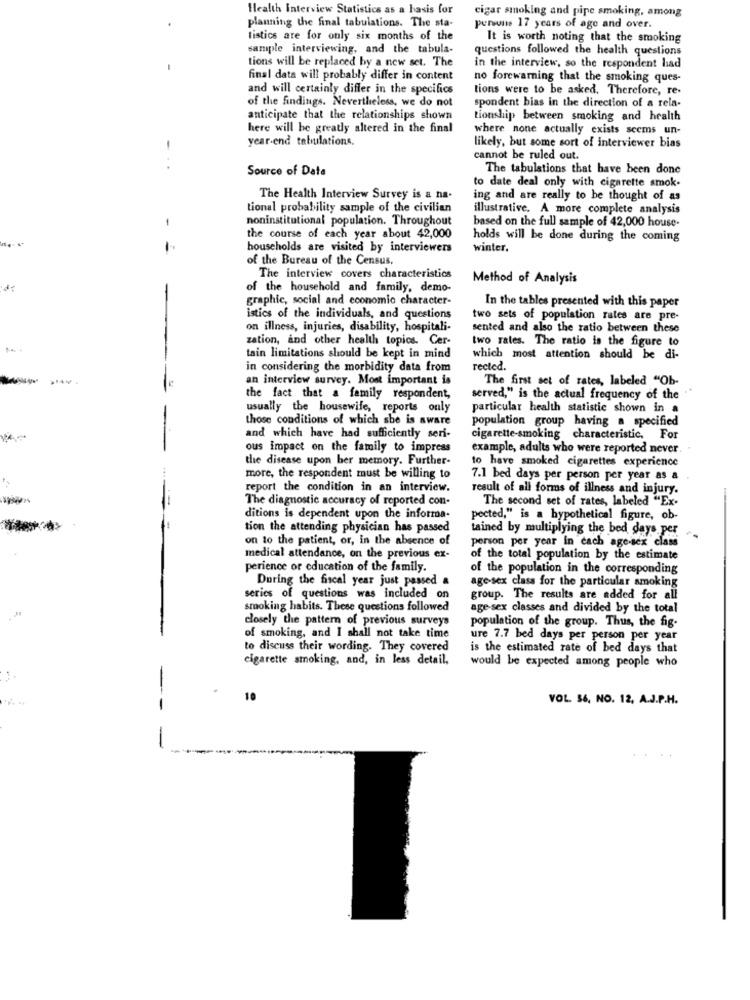
Health Interview Statistics as a basis for
cigar smoking and pipe smoking, among
planning the final tabulations. The sta-
persons 17 years of age and over.
tistics are for only six months of the
It is worth noting that the smoking
sample interviewing, and the tabula-
questions followed the health questions
tions will be replaced by a new set. The
in the interview, so the respondent had
final data will probably differ in content
no forewarning that the smoking ques-
and will certainly differ in the specifics
tions were to be asked. Therefore, re-
of the findings. Nevertheless, we do not
spondent bias in the direction of a rela-
anticipate that the relationships shown
tionship between smoking and health
here will be greatly altered in the final
where none actually exists seems un-
year-end tabulations.
-
likely, but some sort of interviewer bias
cannot be ruled out.
..
Source of Data
The tabulations that have been done
to date deal only with cigarette smok-
The Health Interview Survey is a na-
ing and are really to be thought of as
tional probability sample of the civilian
illustrative. A more complete analysis
noninstitutional population. Throughout
based on the full sample of 42,000 house-
-
the course of each year about 42,000
holds will be done during the coming
households are visited by interviewers
winter.
of the Bureau of the Census,
The interview covers characteristics
Method of Analysis
of the household and family, demo-
graphic, social and economic character-
In the tables presented with this paper
istics of the individuals, and questions
two sets of population rates are pre-
on illness, injuries, disability, hospitali-
sented and also the ratio between these
zation, and other health topics. Cer-
two rates. The ratio is the figure to
tain limitations should be kept in mind
which most attention should be di-
in considering the morbidity data from
rected.
an interview survey. Most important is
The first set of rates, labeled "Ob-
the fact that a family respondent,
served," is the actual frequency of the
usually the housewife, reports only
particular health statistic shown in a
those conditions of which she is aware
population group having a specified
and which have had sufficiently seri-
cigarette smoking characteristic, For
ous impact on the family to impress
example, adults who were reported never
the disease upon ber memory. Further-
to have smoked cigarettes experience
more, the respondent must be willing to
7.1 bed days per person per year as a
report the condition in an interview.
result of all forms of illness and injury.
The diagnostic accuracy of reported con-
The second set of rates, labeled "Ex-
ditions is dependent upon the informa-
pected," is a hypothetical figure, ob-
tion the attending physician has passed
tained by multiplying the bed days per
on to the patient, or, in the absence of
person per year in cach age-sex class
medical attendance, on the previous ex-
of the total population by the estimate
perience or education of the family.
of the population in the corresponding
During the fiscal year just passed a
age-sex class for the particular smoking
series of questions was included on
group. The results are added for all
smoking habits. These questions followed
age sex classes and divided by the total
closely the pattern of previous surveys
population of the group. Thus, the fig.
of smoking, and I shall not take time
ure 7.7 bed days per person per year
to discuss their wording. They covered
is the estimated rate of bed days that
cigarette smoking, and, in less detail,
would be expected among people who
10
VOL 56, NO. 12, A.J.P.H.
-